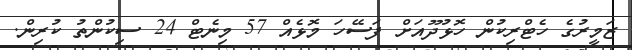
ޒަމީރުގެ ހެޓްރިކުން ހޮޅުދޫއަށް ފަސޭހަ މޮޅެއް 57 މިނެޓް 24 ސިކުންތު ކުރިން.